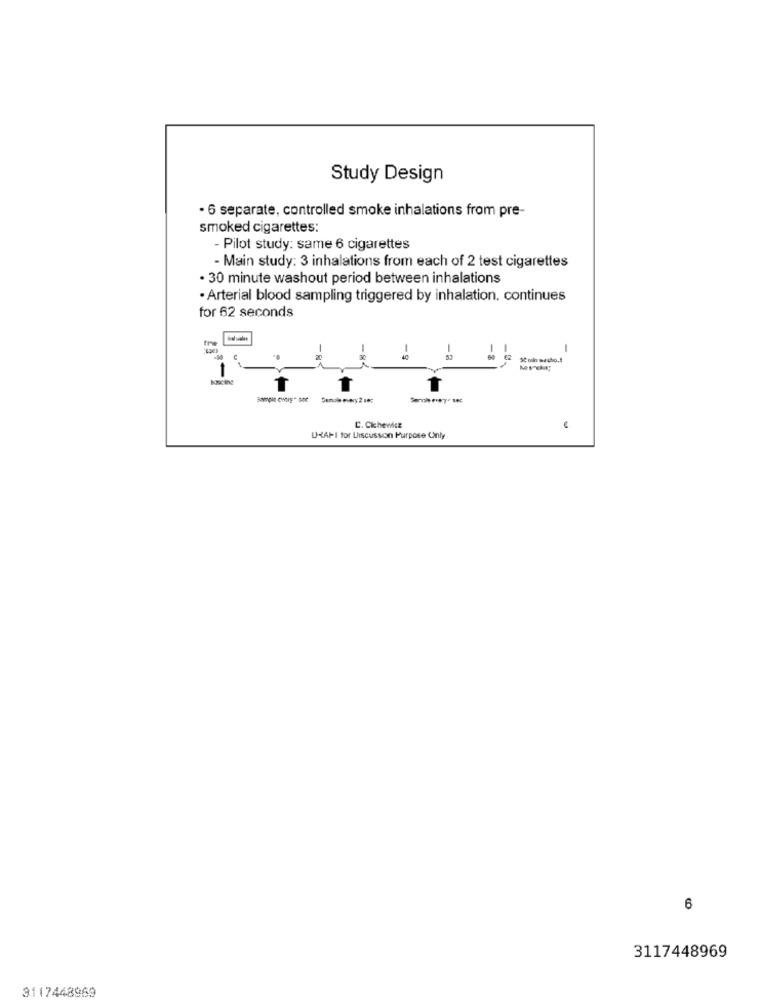
Study Design
· 6 separate, controlled smoke inhalations from pre-
smoked cigarettes:
- Pilot study: same 6 cigarettes
- Main study: 3 inhalations from each of 2 test cigarettes
· 30 minute washout period between inhalations
· Arterial blood sampling triggered by inhalation. continues
for 62 seconds
-
-
C. Cichewier
U{API tor Discussion Purpose Only
6
3117448969
3117448969